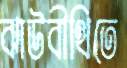
ঝাউবীথিতে